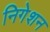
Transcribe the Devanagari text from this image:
निगेशन